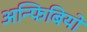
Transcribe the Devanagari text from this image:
अन्फिबियो